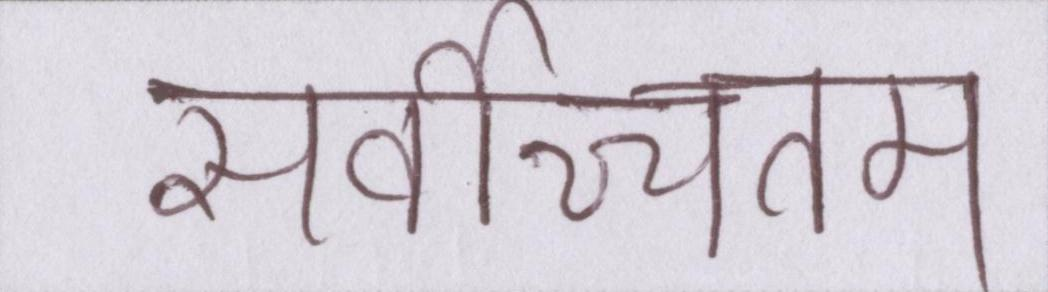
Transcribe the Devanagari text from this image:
सर्वोच्चतम